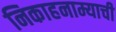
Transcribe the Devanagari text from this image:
निकाहनाम्याची